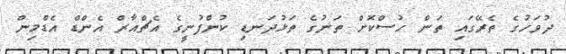
ދުވަހުގެ ތެރޭގައިި ތަން ހުސްކޮށް ތަނުގެ ތަޅުދަނޑި ކުންފުނީގެ އެޗްއާރް އެންޑް އެޑްމިން